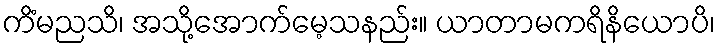
ကိံမညသိ၊ အသို့အောက်မေ့သနည်း။ ယာတာမကရိနိယောပိ၊